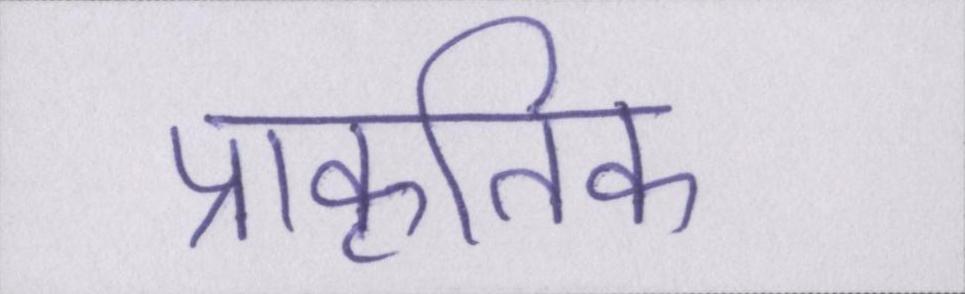
प्राकृतिक